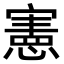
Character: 憲